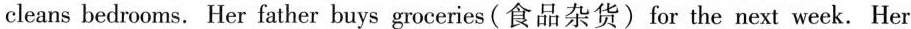
cleans bedrooms. Her father buys groceries(食品杂货) for the next week. Her